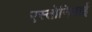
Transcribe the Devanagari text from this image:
एस्तोनियाई